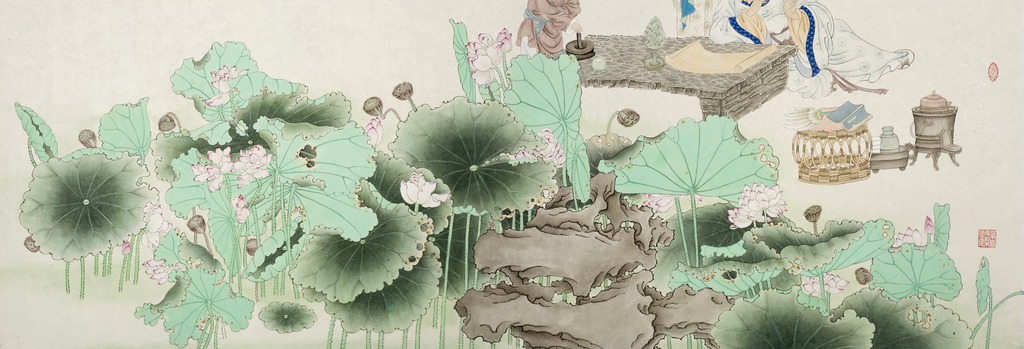
荷叶出地寻丈，因列坐其下，上不见日。